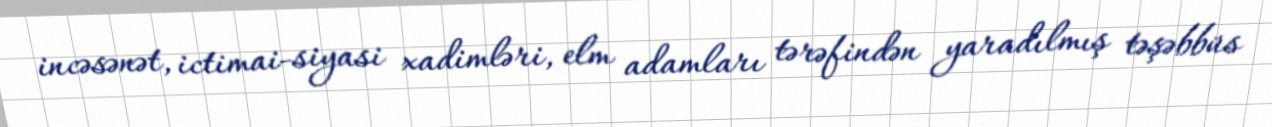
incəsənət, ictimai-siyasi xadimləri, elm adamları tərəfindən yaradılmış təşəbbüs